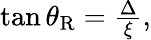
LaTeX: \begin{array}{r}{\tan\theta_{\mathrm{R}}=\frac{\Delta}{\xi},}\end{array}